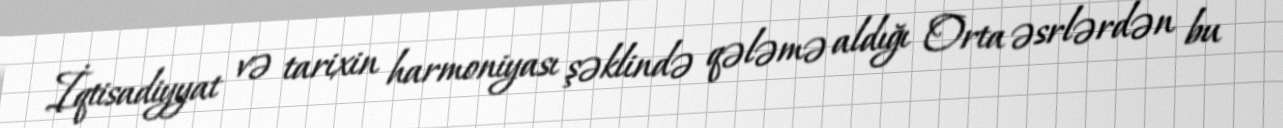
İqtisadiyyat və tarixin harmoniyası şəklində qələmə aldığı Orta əsrlərdən bu